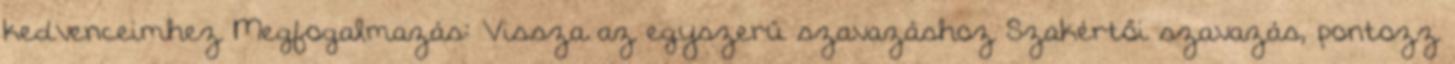
kedvenceimhez Megfogalmazás: Vissza az egyszerű szavazáshoz Szakértői szavazás, pontozz